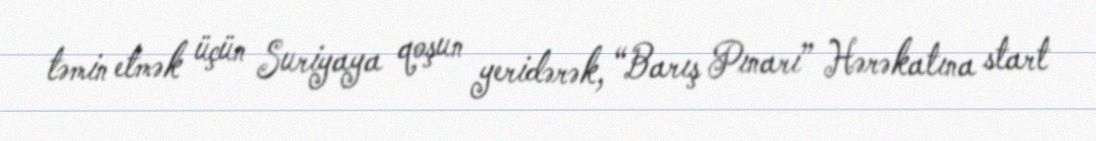
təmin etmək üçün Suriyaya qoşun yeridərək, “Barış Pınarı” Hərəkatına start